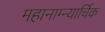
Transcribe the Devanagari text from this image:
महानाम्न्यार्चिक